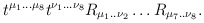
\begin{align*}t^{\mu_1...\mu_8}t^{\nu_1...\nu_8}R_{\mu_1..\nu_2}\ldots R_{\mu_7..\nu_8}.\end{align*}